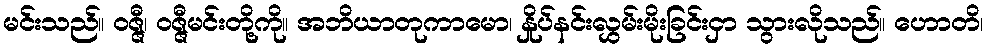
မင်းသည်။ ဝဇ္ဇီ၊ ဝဇ္ဇီမင်းတို့ကို။ အဘိယာတုကာမော၊ နှိုပ်နင်းလွှမ်းမိုးခြင်းငှာ သွားလိုသည်။ ဟောတိ၊